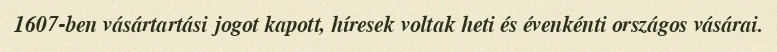
1607-ben vásártartási jogot kapott, híresek voltak heti és évenkénti országos vásárai.